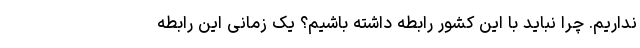
نداریم. چرا نباید با این کشور رابطه داشته باشیم؟ یک زمانی این رابطه